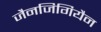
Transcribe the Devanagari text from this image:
जैनजिगियैन